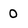
Character: 0